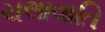
ચલાવાતિ